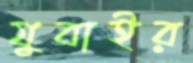
যুবাইর